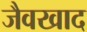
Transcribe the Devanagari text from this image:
जैवखाद